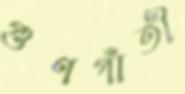
গুণগাঁতী